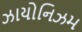
ઝાયોનિઝમ